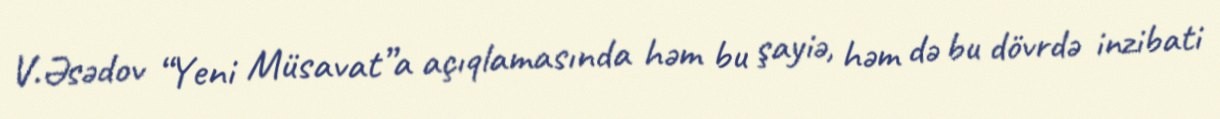
V.Əsədov “Yeni Müsavat”a açıqlamasında həm bu şayiə, həm də bu dövrdə inzibati